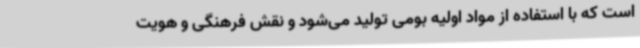
است که با استفاده از مواد اولیه بومی تولید می‌شود و نقش فرهنگی و هویت